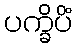
ပက္ခိပိံ